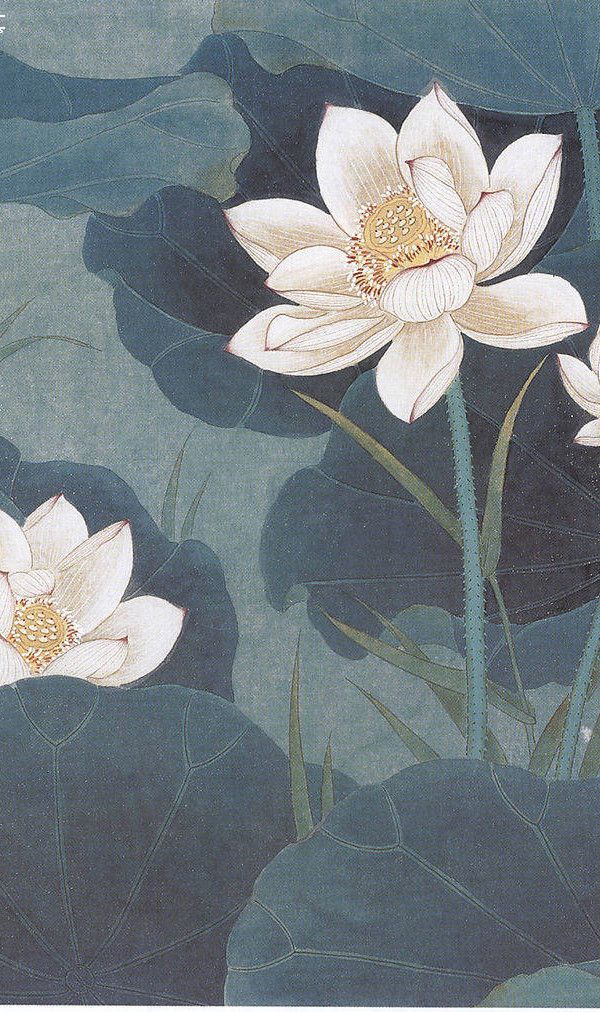
荷花娇欲语，愁杀荡舟人。